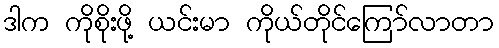
ဒါက ကိုစိုးဖို့ ယင်းမာ ကိုယ်တိုင်ကြော်လာတာ